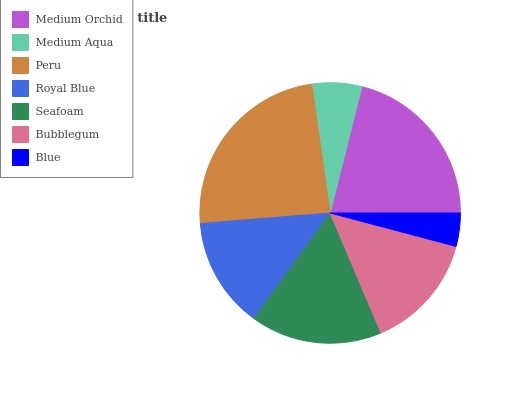
| Medium Orchid | Medium Aqua | Peru | Royal Blue | Seafoam | Bubblegum | Blue |
 | --- | --- | --- | --- | --- | --- | --- |
 | 21% | 6.18% | 24% | 13.8% | 16.4% | 14.5% | 4.12% |